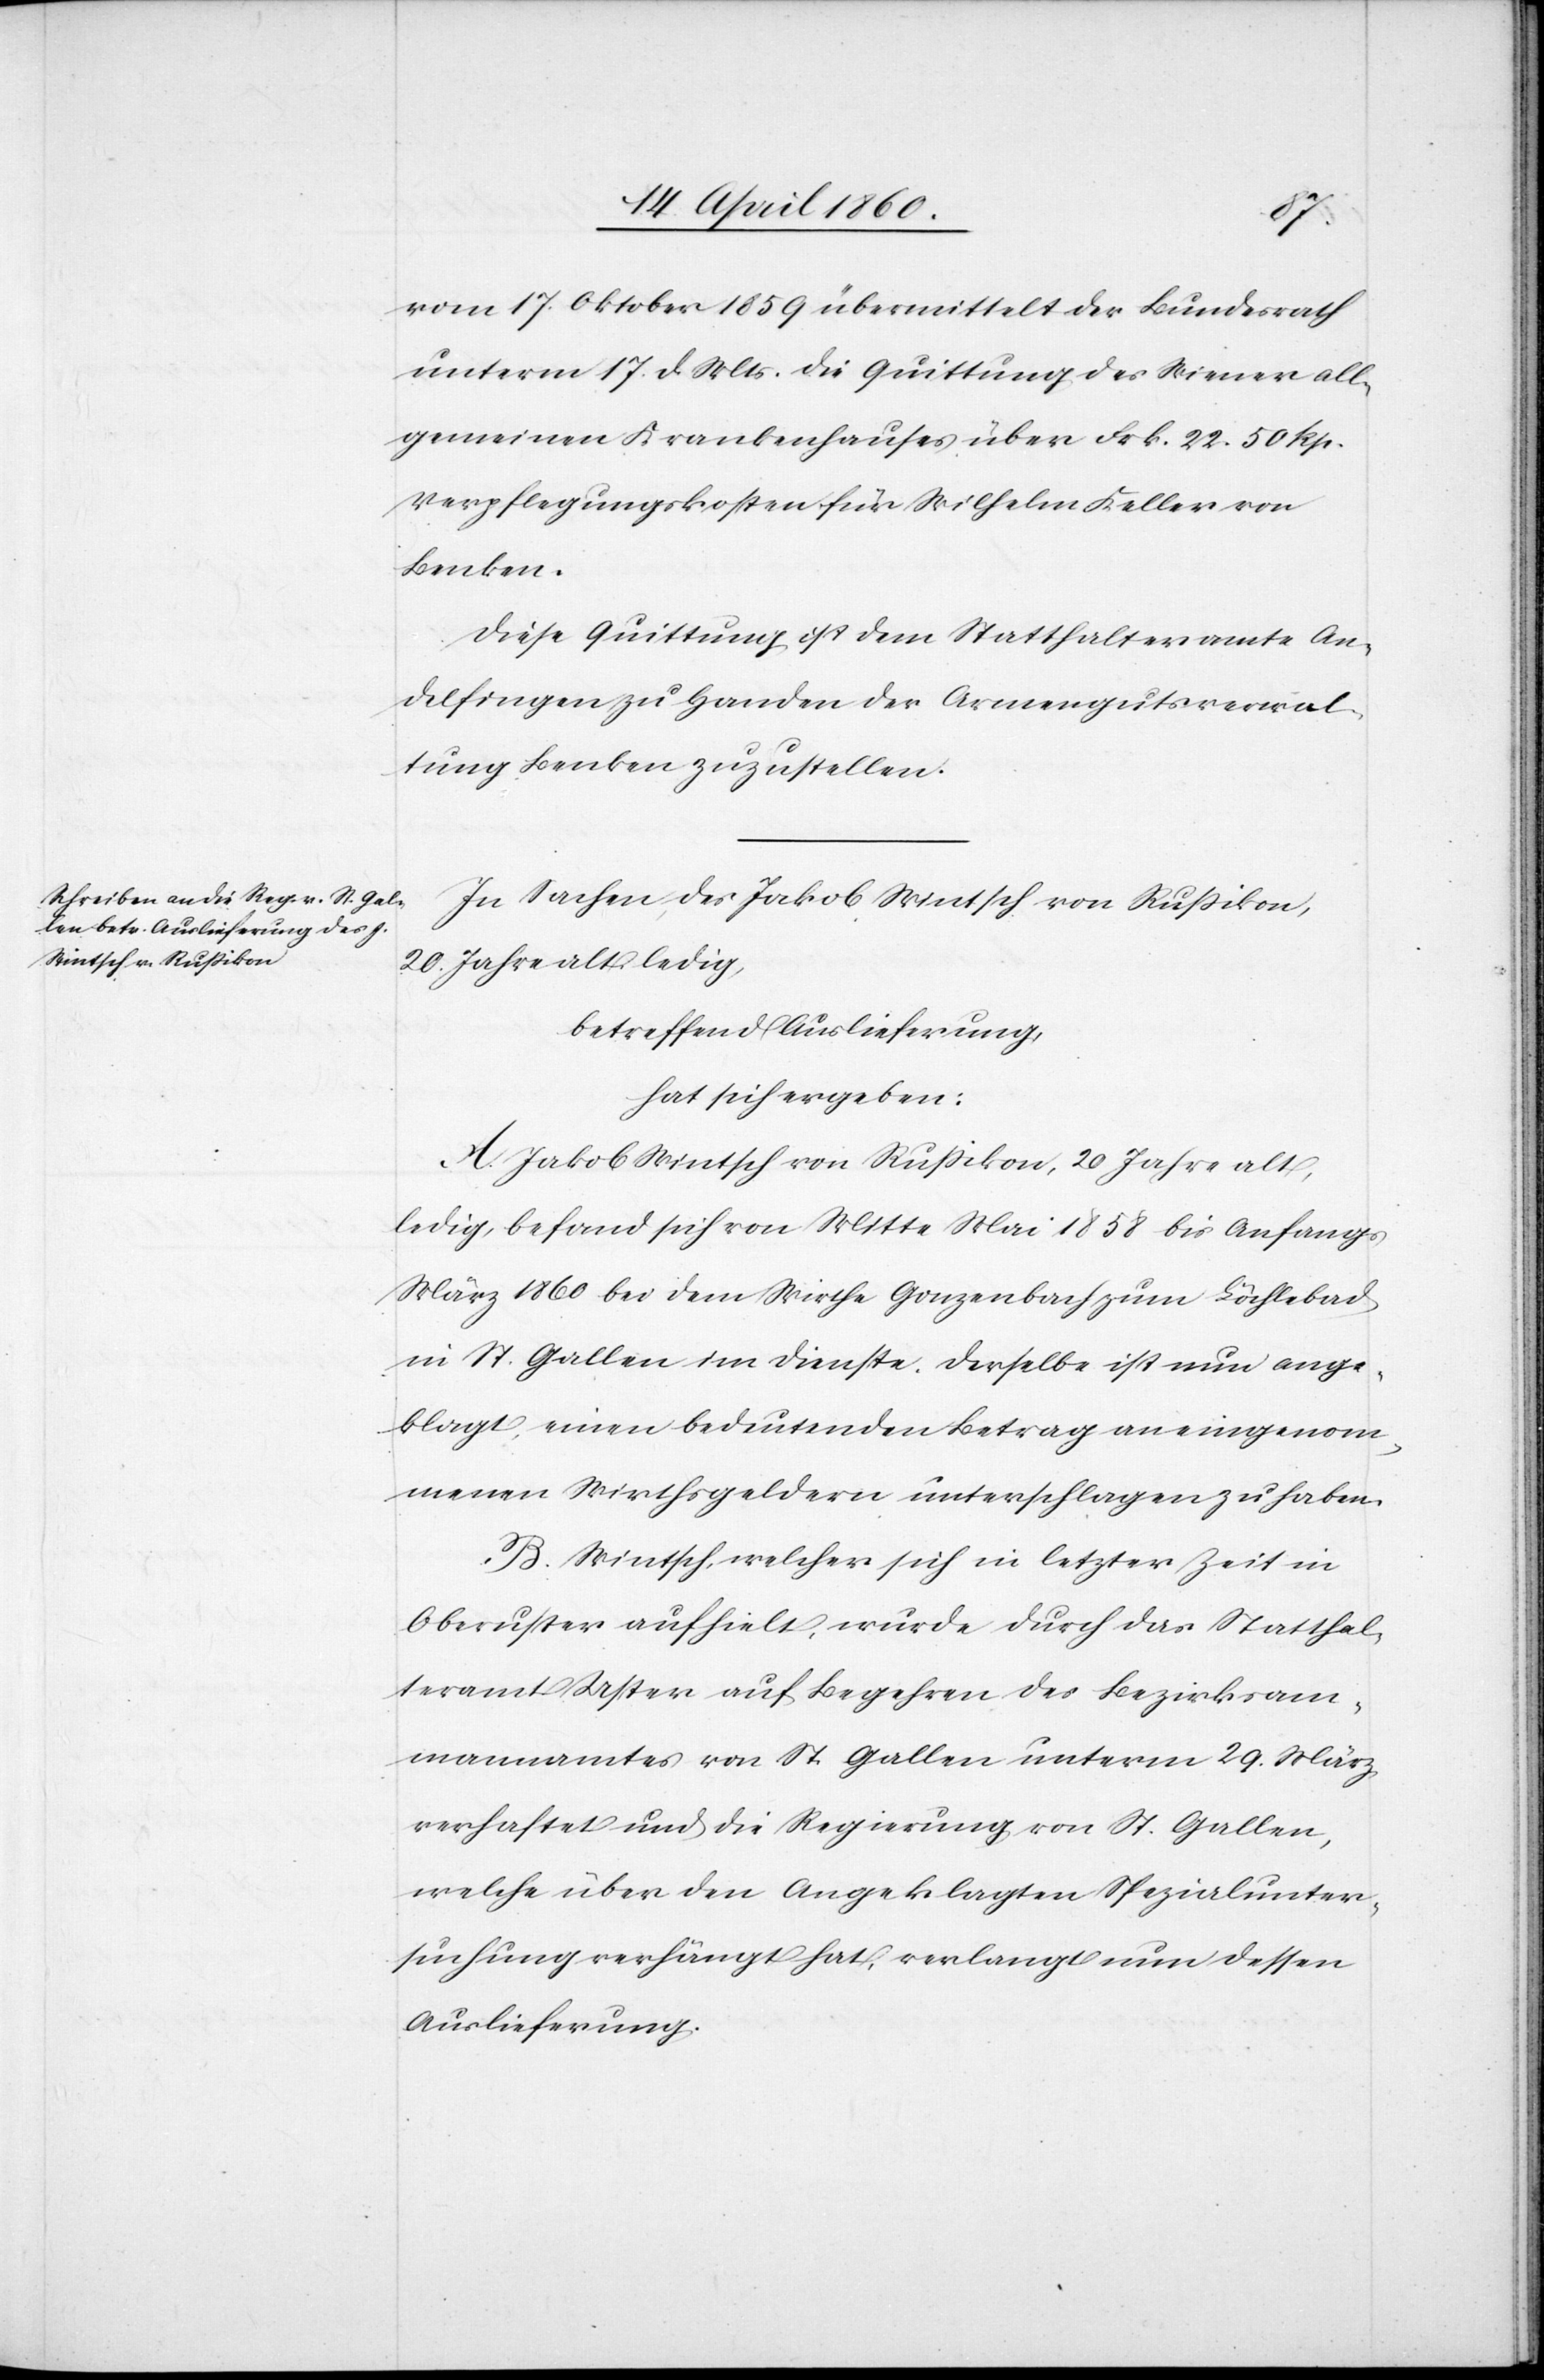
19. April 1860.]
vom 17. Oktober 1859 übermittelt der Bundesrath
unterm 17. d. Mts. die Quittung des Wiener all¬
gemeinen Krankenhauses über Frk. 22. 50 Rp.
Verpflegungskosten für Wilhelm Keller von
Benken.
Diese Quittung ist dem Statthalteramte An¬
delfingen zu Handen der Armengutsverwal¬
tung Benken zuzustellen.
In Sachen des Jakob Wintsch von Russikon,
20 Jahre alt, ledig,
betreffend Auslieferung,
hat sich ergeben:
A. Jakob Wintsch von Russikon, 20 Jahre alt,
ledig, befand sich von Mitte Mai 1858 bis Anfangs
März 1860 bei dem Wirthe Gonzenbach zum Löchlebad
in St. Gallen im Dienste. Derselbe ist nun ange¬
klagt, einen bedeutenden Betrag an eingenom¬
menen Wirthsgeldern unterschlagen zu haben.
B. Wintsch, welcher sich in letzter Zeit in
Oberuster aufhielt, wurde durch das Statthal¬
teramt Uster auf Begehren des Bezirksam¬
mannamtes von St. Gallen unterm 29. März
verhaftet und die Regierung von St. Gallen,
welche über den Angeklagten Spezialunter¬
suchung verhängt hat, verlangt nun dessen
Auslieferung.